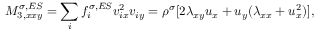
M _ { 3 , x x y } ^ { \sigma , E S } = \sum _ { i } f _ { i } ^ { \sigma , E S } v _ { i x } ^ { 2 } v _ { i y } = \rho ^ { \sigma } [ 2 \lambda _ { x y } u _ { x } + u _ { y } ( \lambda _ { x x } + u _ { x } ^ { 2 } ) ] ,